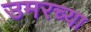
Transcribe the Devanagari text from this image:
उमरच्या